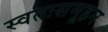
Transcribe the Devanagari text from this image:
स्वतःसमूहन